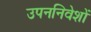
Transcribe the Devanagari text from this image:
उपननिवेशों